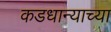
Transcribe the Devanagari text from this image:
कडधान्याच्या